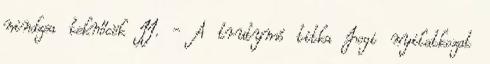
nindzsa teknőcök II. - A trutymó titka Jogi nyilatkozat